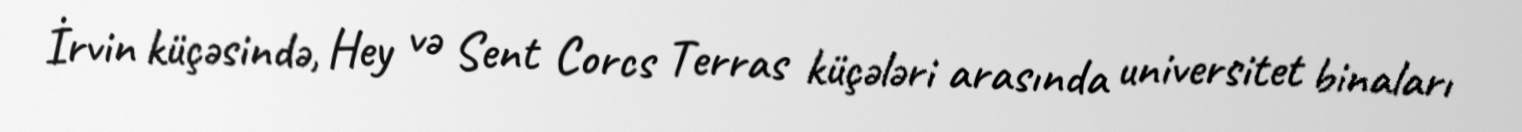
İrvin küçəsində, Hey və Sent Corcs Terras küçələri arasında universitet binaları